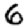
Digit: 6